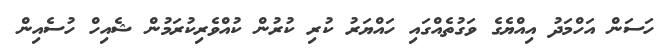
ހަސަން އަހްމަދު އިއްޔެގެ ވަގުތެއްގައި ހައްޔަރު ކުރި ކުރުން ކުއްވެރިކުރަމުން ޝެއިހް ހުސެއިން